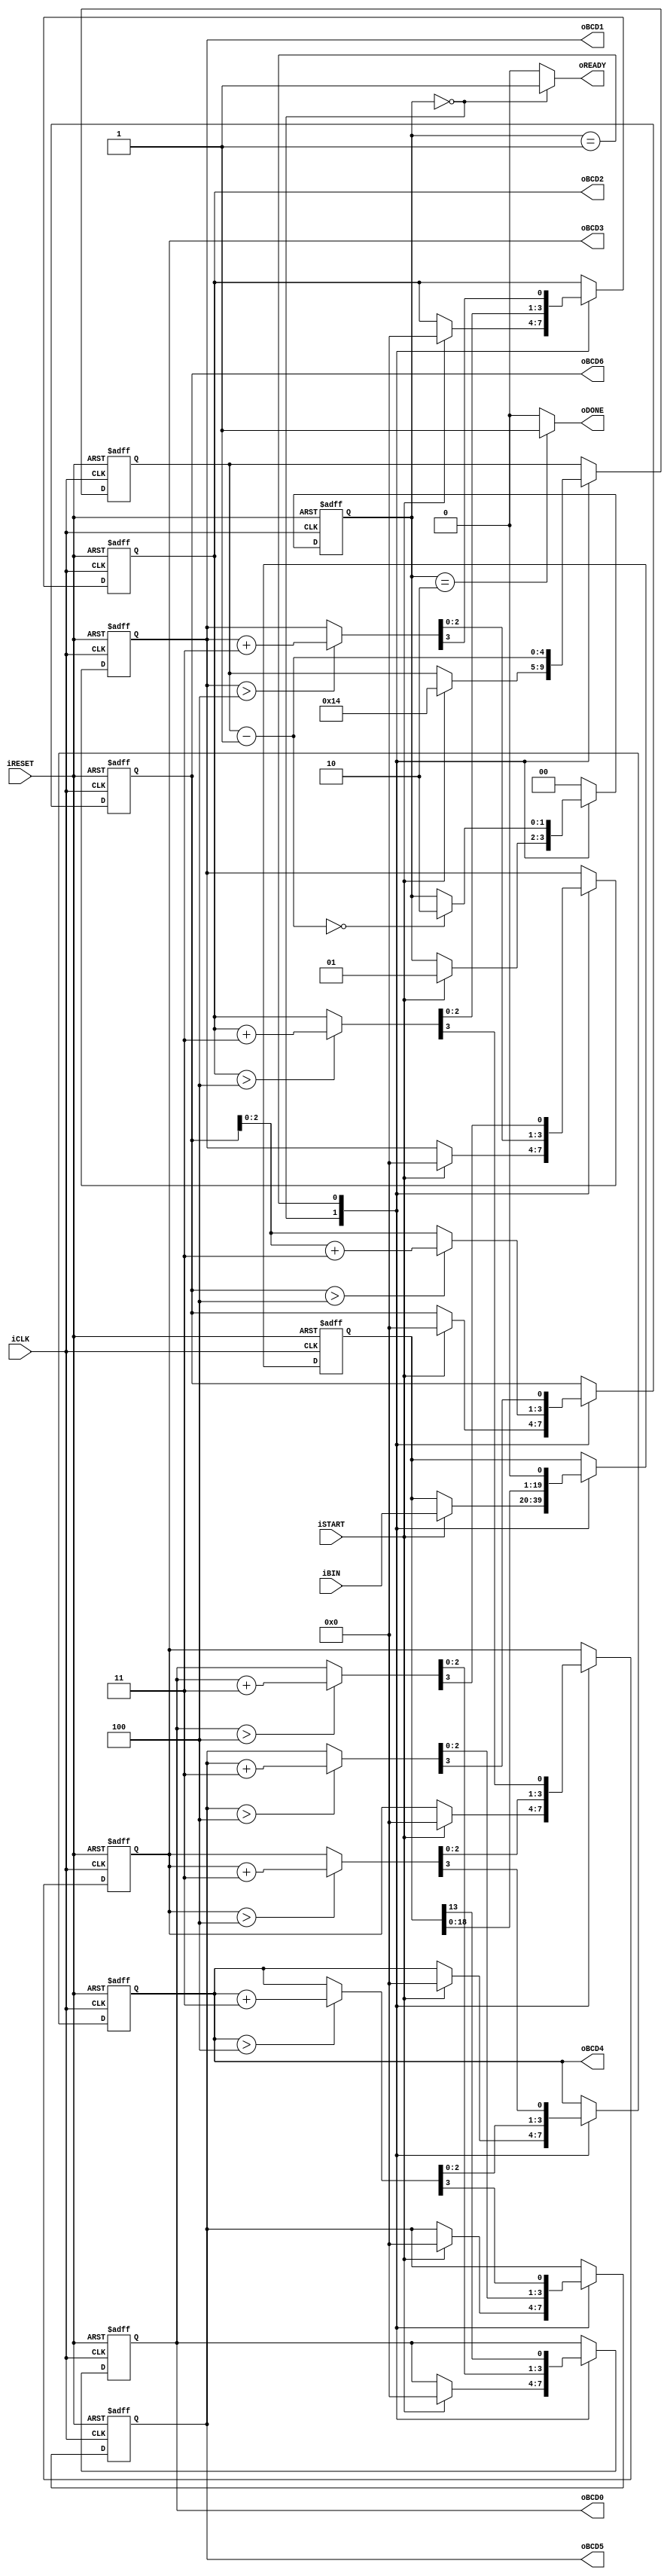
module bin2bcd_long
	(
		input wire iCLK, iRESET,
		input wire iSTART,
		input wire [19:0] iBIN,
		output reg oREADY, oDONE,
		output wire [3:0] oBCD6, oBCD5, oBCD4, 
			oBCD3, oBCD2, oBCD1, oBCD0
	);
	
	// symbolic state declaration
	localparam [1:0]
		idle = 2'b00,
		op   = 2'b01,
		done = 2'b10;
	
	// signal declaration
	reg [1:0] state_reg, state_next;
	reg [19:0] p2s_reg, p2s_next;
	reg [4:0] n_reg, n_next;
	reg [3:0] bcd6_reg, bcd5_reg, bcd4_reg,
		bcd3_reg, bcd2_reg, bcd1_reg, bcd0_reg;
	reg [3:0] bcd6_next, bcd5_next, bcd4_next,
		bcd3_next, bcd2_next, bcd1_next, bcd0_next;
	wire [3:0] bcd6_tmp, bcd5_tmp, bcd4_tmp, 
		bcd3_tmp, bcd2_tmp, bcd1_tmp, bcd0_tmp;
	reg overflow_reg, overflow_next;

	// body
	// FSMD state and data registers
	always @(posedge iCLK, posedge iRESET)
		if (iRESET)
			begin
				state_reg <= idle;
				p2s_reg <= 0;
				n_reg <= 0;
				bcd6_reg <= 0;
				bcd5_reg <= 0;
				bcd4_reg <= 0;
				bcd3_reg <= 0;
				bcd2_reg <= 0;
				bcd1_reg <= 0;
				bcd0_reg <= 0;
				overflow_reg <= 0;
			end
		else
			begin
				state_reg <= state_next;
				p2s_reg <= p2s_next;
				n_reg <= n_next;
				bcd6_reg <= bcd6_next;
				bcd5_reg <= bcd5_next;
				bcd4_reg <= bcd4_next;
				bcd3_reg <= bcd3_next;
				bcd2_reg <= bcd2_next;
				bcd1_reg <= bcd1_next;
				bcd0_reg <= bcd0_next;
				overflow_reg <= overflow_next;
			end
	
	// FSMD next-state logic
	always @*
	begin
		oREADY = 1'b0;
		oDONE = 1'b0;

		p2s_next = p2s_reg;
		bcd0_next = bcd0_reg;
		bcd1_next = bcd1_reg;
		bcd2_next = bcd2_reg;
		bcd3_next = bcd3_reg;
		bcd4_next = bcd4_reg;
		bcd5_next = bcd5_reg;
		bcd6_next = bcd6_reg;
		n_next = n_reg;
		state_next = state_reg;
		overflow_next = overflow_reg;

		case (state_reg)
			idle:
				begin
					oREADY = 1'b1;
					if (iSTART)
						begin
							bcd6_next = 0;
							bcd5_next = 0;
							bcd4_next = 0;
							bcd3_next = 0;
							bcd2_next = 0;
							bcd1_next = 0;
							bcd0_next = 0;
							n_next = 5'd20;			// index
							p2s_next = iBIN;		// shift register
							state_next = op;
						end
				end
			op:
				begin
					// shift in iBINary bit
					p2s_next = p2s_reg << 1;
					// shift 4 BCD digits
					//{bcd3_next, bcd2_next, bcd1_next, bcd0_next}=
					//{bcd3_temp[2:0], bcd2_tmp, bcd1_tmp, bcd0_tmp,
					// p2s_reg[12]}

					bcd0_next = {bcd0_tmp[2:0], p2s_reg[13]};
					bcd1_next = {bcd1_tmp[2:0], bcd0_tmp[3]};
					bcd2_next = {bcd2_tmp[2:0], bcd1_tmp[3]};
					bcd3_next = {bcd3_tmp[2:0], bcd2_tmp[3]};
					bcd4_next = {bcd4_tmp[2:0], bcd3_tmp[3]};
					bcd5_next = {bcd5_tmp[2:0], bcd4_tmp[3]};
					bcd6_next = {bcd6_tmp[2:0], bcd5_tmp[3]};
					n_next = n_reg - 1;
					if (n_next == 0)
						state_next = done;
				end
			done:
				begin
					oDONE = 1'b1;
					state_next = idle;
				end
			default: state_next = idle;
		endcase
	end

	// data path function units
	assign bcd0_tmp = (bcd0_reg > 4) ? bcd0_reg + 3 : bcd0_reg;
	assign bcd1_tmp = (bcd1_reg > 4) ? bcd1_reg + 3 : bcd1_reg;
	assign bcd2_tmp = (bcd2_reg > 4) ? bcd2_reg + 3 : bcd2_reg;
	assign bcd3_tmp = (bcd3_reg > 4) ? bcd3_reg + 3 : bcd3_reg;
	assign bcd4_tmp = (bcd4_reg > 4) ? bcd4_reg + 3 : bcd4_reg;
	assign bcd5_tmp = (bcd5_reg > 4) ? bcd5_reg + 3 : bcd5_reg;
	assign bcd6_tmp = (bcd6_reg > 4) ? bcd6_reg + 3 : bcd6_reg;

	// output
	assign oBCD0 = bcd0_reg;
	assign oBCD1 = bcd1_reg;
	assign oBCD2 = bcd2_reg;
	assign oBCD3 = bcd3_reg;
	assign oBCD4 = bcd4_reg;
	assign oBCD5 = bcd5_reg;
	assign oBCD6 = bcd6_reg;
endmodule